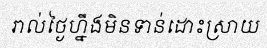
រាល់ថ្ងៃហ្នឹងមិនទាន់ដោះស្រាយ